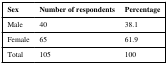
<table><thead><tr><td><b>Sex</b></td><td><b>Number of respondents</b></td><td><b>Percentage</b></td></tr></thead><tbody><tr><td>Male</td><td>40</td><td>38.1</td></tr><tr><td>Female</td><td>65</td><td>61.9</td></tr><tr><td>Total</td><td>105</td><td>100</td></tr></tbody></table>